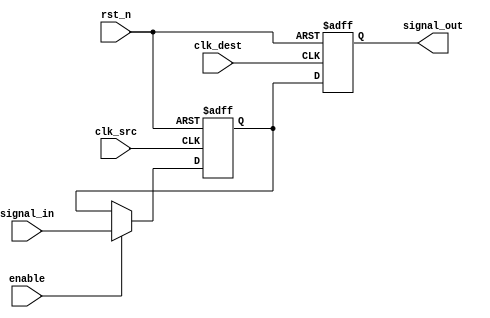
module signal_level_crossing_synchronizer (
    input wire clk_src,         // Source clock
    input wire clk_dest,        // Destination clock
    input wire rst_n,           // Asynchronous active low reset
    input wire signal_in,       // Input signal from source clock domain
    output reg signal_out,      // Synchronized output signal to destination clock domain
    input wire enable           // Optional enable signal
);

    // Internal registers for the dual flip-flop synchronizer
    reg signal_in_sync1;        // First stage flip-flop output

    // First stage: Capture the incoming signal on the source clock
    always @(posedge clk_src or negedge rst_n) begin
        if (!rst_n) begin
            signal_in_sync1 <= 1'b0; // Initialize to known state on reset
        end else if (enable) begin
            signal_in_sync1 <= signal_in; // Sample incoming signal
        end
    end

    // Second stage: Capture the synchronized signal on the destination clock
    always @(posedge clk_dest or negedge rst_n) begin
        if (!rst_n) begin
            signal_out <= 1'b0; // Initialize to known state on reset
        end else begin
            signal_out <= signal_in_sync1; // Output the synchronized signal
        end
    end

endmodule